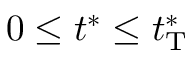
0 \leq t ^ { * } \leq t _ { \mathrm { T } } ^ { * }